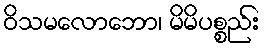
ဝိသမလောဘော၊ မိမိပစ္စည်း